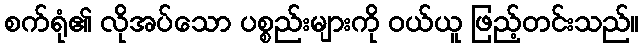
စက်ရုံ၏ လိုအပ်သော ပစ္စည်းများကို ဝယ်ယူ ဖြည့်တင်းသည်။